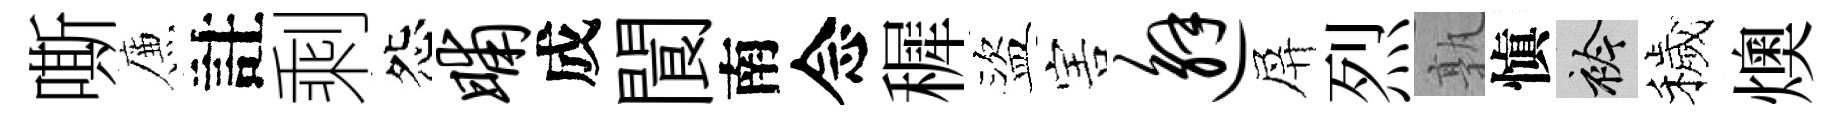
嘶簾註剩怨晡成閬南念穉盜害邂屏烈孰愼衿穢燠